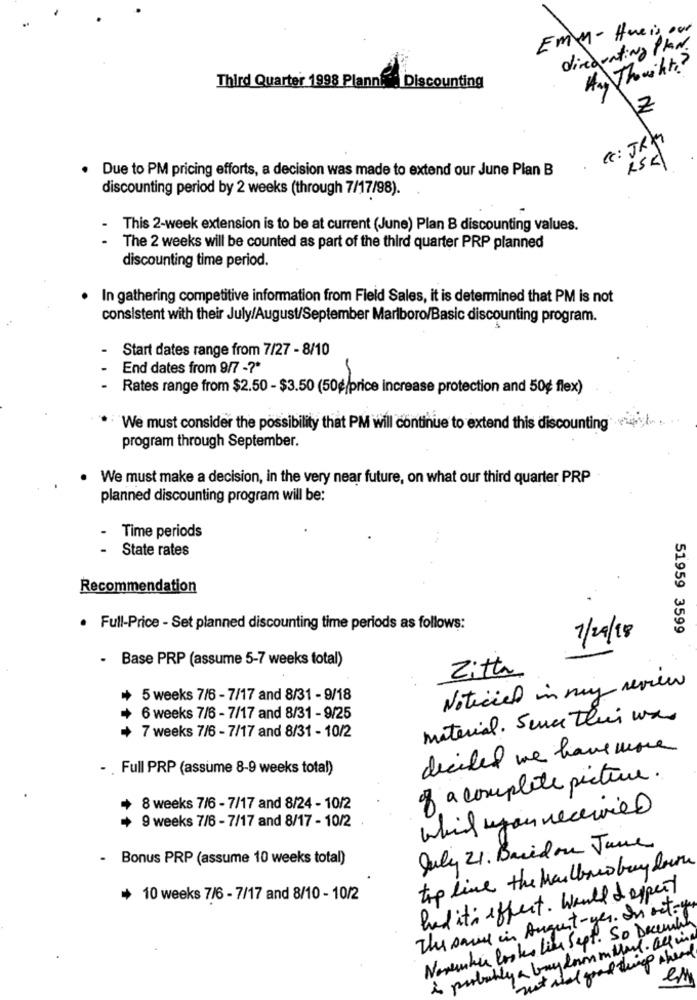
Emy - Hueis our
diredeating Plan
Hay Thought?
Third Quarter 1998 Plann. : Discounting
2
C: JRM
RSK
Due to PM pricing efforts, a decision was made to extend our June Plan B
discounting period by 2 weeks (through 7/17/98).
This 2-week extension is to be at current (June) Plan B discounting values.
The 2 weeks will be counted as part of the third quarter PRP planned
discounting time period.
In gathering competitive information from Field Sales, it is determined that PM is not
consistent with their July/August/September Marlboro/Basic discounting program.
Start dates range from 7/27 - 8/10
End dates from 9/7 -?*
Rates range from $2.50 - $3.50 (50g/price increase protection and 50¢ flex)
We must consider the possibility that PM will continue to extend this discounting
program through September.
We must make a decision, in the very near future, on what our third quarter PRP
planned discounting program will be:
.
Time periods
State rates
Recommendation
· Full-Price - Set planned discounting time periods as follows:
51959 3599
7/24/18
. Base PRP (assume 5-7 weeks total)
Zitta
Noticiel in muy review
5 weeks 7/6 - 7/17 and 8/31 - 9/18
6 weeks 7/6 - 7/17 and 8/31 - 9/25
material. Since thei was
7 weeks 7/6 - 7/17 and 8/31 - 10/2
decided we have more
Full PRP (assume 8-9 weeks total)
of a complete picture.
8 weeks 7/6 - 7/17 and 8/24 - 10/2
while you recevied
9 weeks 7/6 - 7/17 and 8/17 - 10/2
July 21. Basedon June
Bonus PRP (assume 10 weeks total)
tip line the Maulbad boy down
had it's effect. would & expect
10 weeks 7/6 - 7/17 and 8/10 - 10/2
The same in August- yes. In retoyu
November looks Like Sept. So December
À probably a bay don mittel. alg ina
not what good trip shead
em